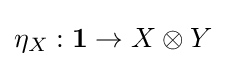
\eta _{X}:\mathbf {1} \to X\otimes Y